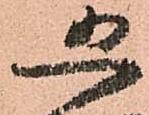
恐